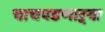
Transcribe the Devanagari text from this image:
चाचपडणाऱ्या